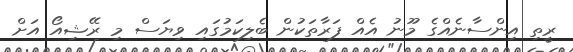
ރީތި އިންސާނެއްގެ މޫނު އެއް ފަރާތަކުން ބެލިކަމުގައި ވިޔަސް މި ރޭޝިއޯ އަށް